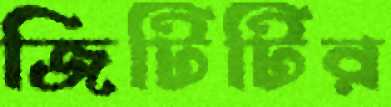
জিটিটির